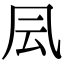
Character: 凨